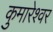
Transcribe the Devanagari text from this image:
कुमारेश्वर